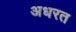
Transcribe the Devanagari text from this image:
अधरत